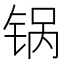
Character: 锅